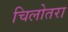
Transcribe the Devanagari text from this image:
चिलोतरा